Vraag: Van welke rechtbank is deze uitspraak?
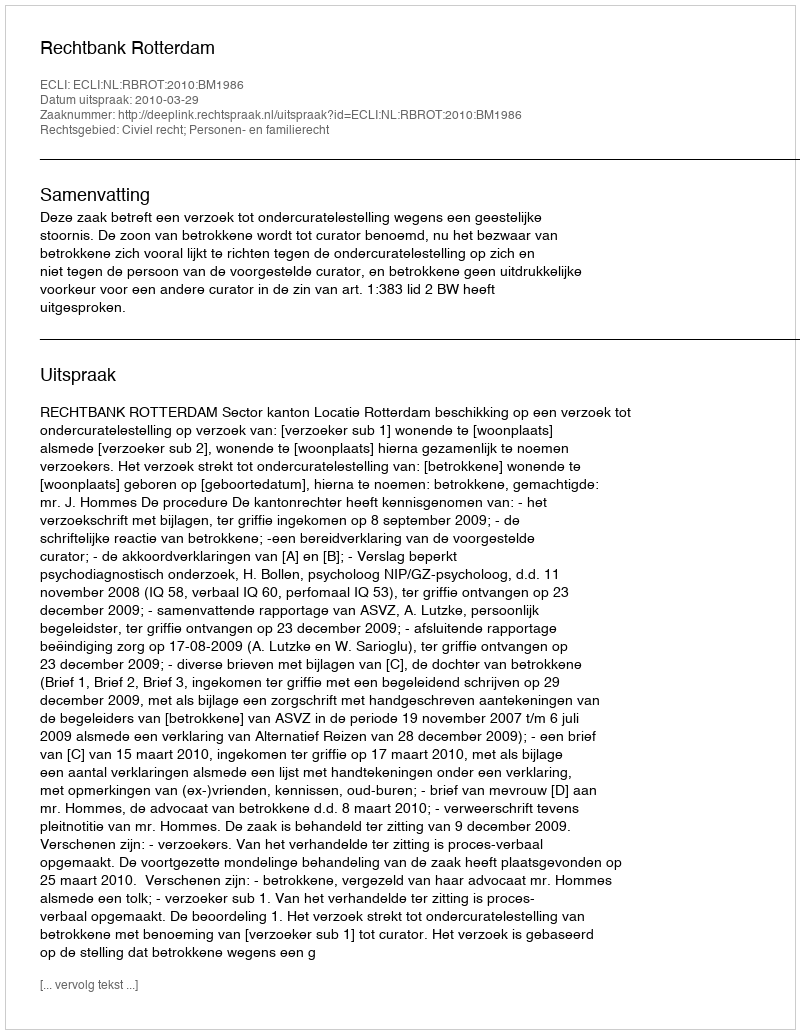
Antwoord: Rechtbank Rotterdam